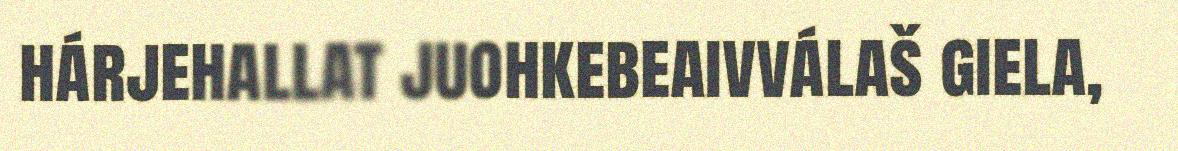
hárjehallat juohkebeaivválaš giela,